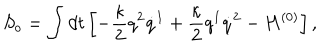
LaTeX: S _ { o } = \int d t \left[ - \frac { \kappa } { 2 } q ^ { 2 } \dot { q } ^ { 1 } + \frac { \kappa } { 2 } q ^ { 1 } \dot { q } ^ { 2 } - H ^ { ( 0 ) } \right] ,